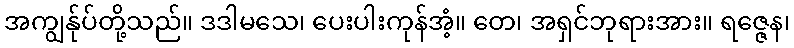
အကျွန်ုပ်တို့သည်။ ဒဒါမသေ၊ ပေးပါးကုန်အံ့။ တေ၊ အရှင်ဘုရားအား။ ရဇ္ဇေန၊